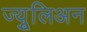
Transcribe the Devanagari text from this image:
ज्युूलिअन